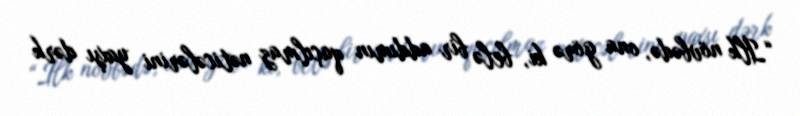
“İlk növbədə, ona görə ki, belə bir addımın qaçılmaz nəticələrini yaxşı dərk